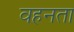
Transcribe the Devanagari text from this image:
वहनता